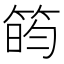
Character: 𬕐